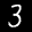
Label: 3